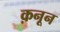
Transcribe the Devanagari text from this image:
क़नून